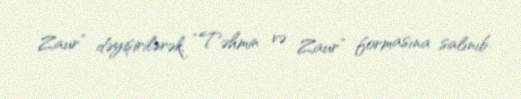
Zaur” dəyişirilərək, “Təhmin və Zaur” formasına salınıb.